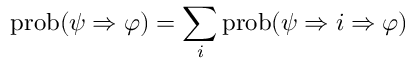
\operatorname { p r o b } ( \psi \Rightarrow \varphi ) = \sum _ { i } \operatorname { p r o b } ( \psi \Rightarrow i \Rightarrow \varphi )